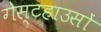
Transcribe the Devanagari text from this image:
गेस्टहाउसों